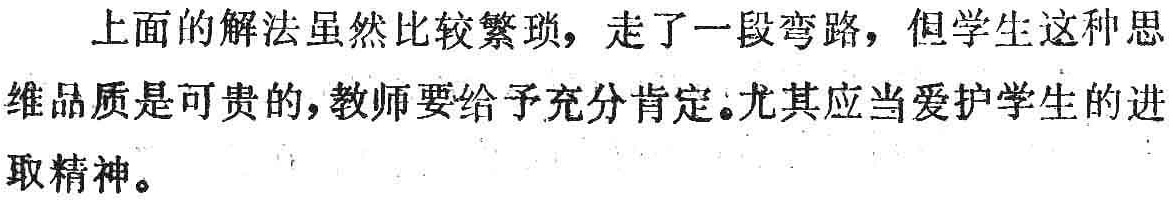
上面的解法虽然比较繁琐，走了一段弯路，但学生这种思维品质是可贵的,教师要给予充分肯定。尤其应当爱护学生的进取精神。